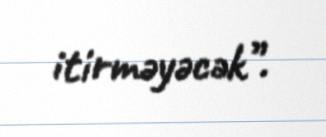
itirməyəcək”.